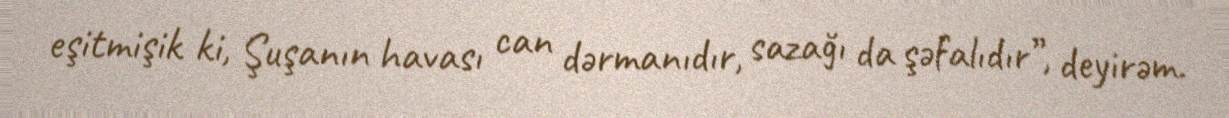
eşitmişik ki, Şuşanın havası can dərmanıdır, sazağı da şəfalıdır”, deyirəm.